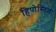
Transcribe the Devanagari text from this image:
हिपोस्तिला